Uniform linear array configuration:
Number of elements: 12
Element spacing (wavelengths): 0.25
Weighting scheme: blackman
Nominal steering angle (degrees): -45
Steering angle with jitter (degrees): -46.628
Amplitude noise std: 0.05
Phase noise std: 0.05

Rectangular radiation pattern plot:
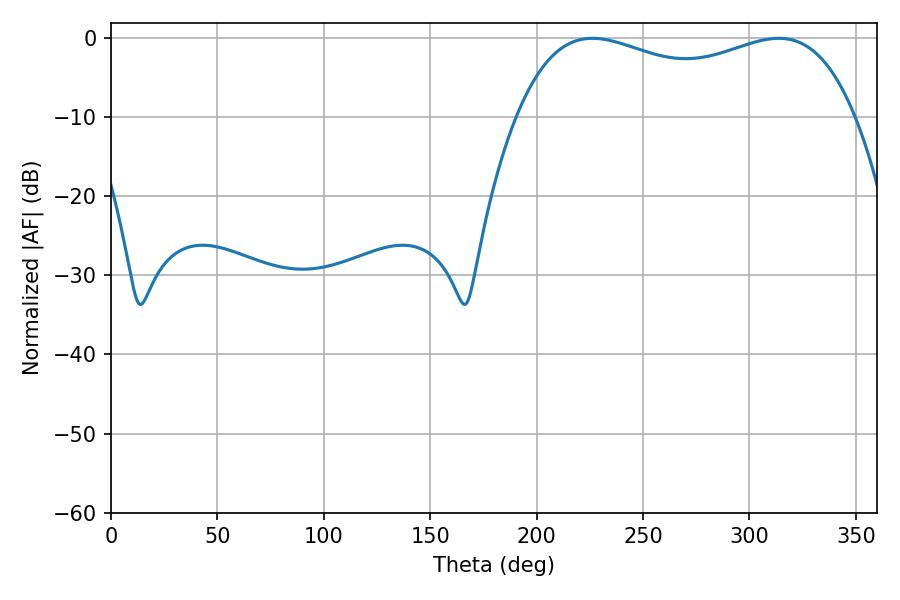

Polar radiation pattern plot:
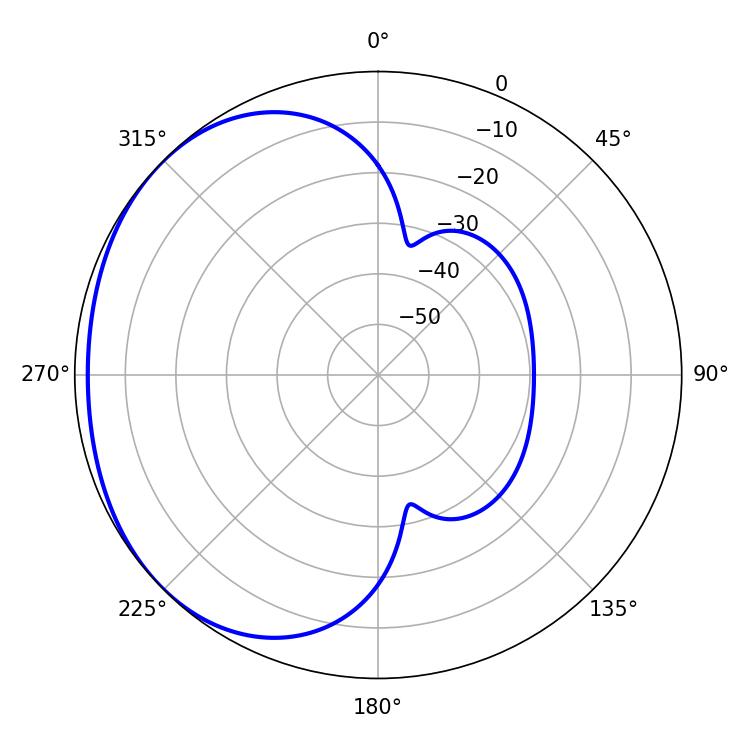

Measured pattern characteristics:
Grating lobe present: FALSE
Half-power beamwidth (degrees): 130.32
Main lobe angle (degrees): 226.26